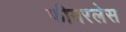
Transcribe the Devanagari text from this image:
फीयरलेस